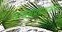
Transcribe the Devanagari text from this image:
वाक्संप्रदायकोश